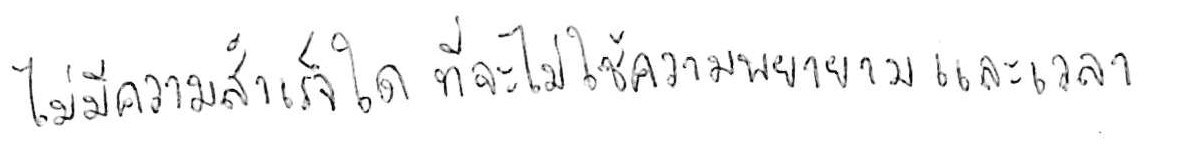
ไม่มีความสำเร็จใด ที่จะไม่ใช้ความพยายามและเวลา